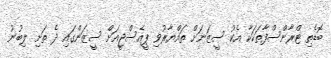
ބޮޑެތި ޓްރާންސްފާތަކަކާ އެކު ސީޒަނަށް ތައްޔާރުވި ޕީއެސްޖީއަށް ސީޒަންގައި ދެ ތަށި ލިބުނު